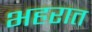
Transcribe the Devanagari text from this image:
भहरात